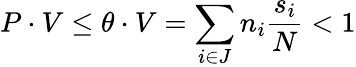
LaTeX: P\cdot V\le\theta\cdot V=\sum_{i\in J}n_{i}\frac{s_{i}}{N}<1